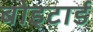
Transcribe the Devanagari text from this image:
बोइटार्ड